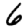
Digit: 6